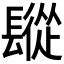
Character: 𨲧